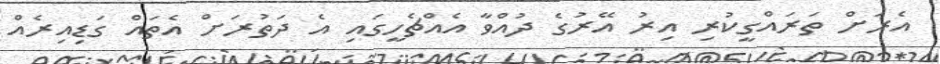
އެރަށް ތަރައްގީކުރި އިރު އޭރުގެ ދުއްވާ އެއްޗެހީގައި އެ ދަތުރަށް އެތައް ގަޑިއިރެއް